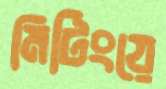
মিটিংয়ে